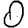
Digit: 0